Indian journal of veterinary science and animal husbandry - Volumes 15-17, 1948-1951
Year: 1948
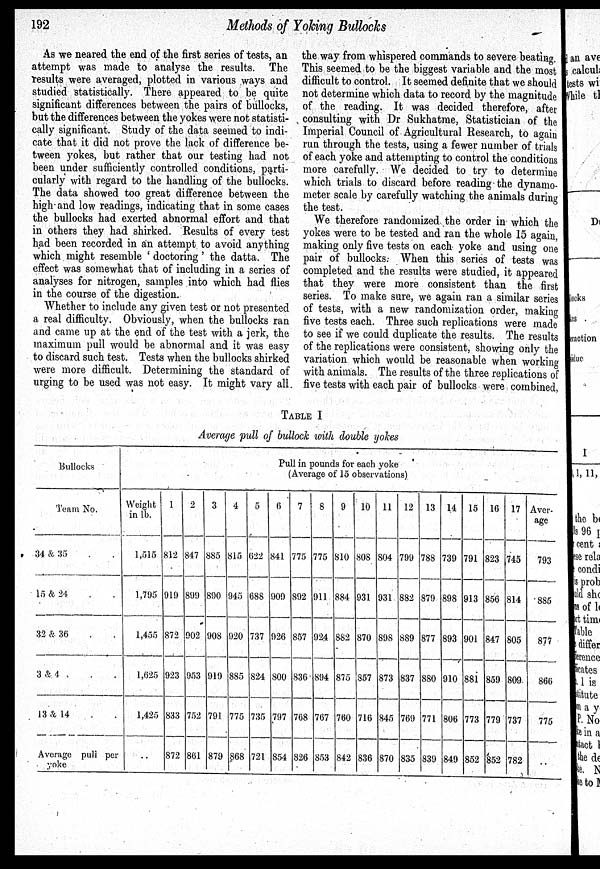
192
Methods of Yoking Bullocks
As we neared the end of the first series of tests, an
attempt was made to analyse the results. The
results were averaged, plotted in various ways and
studied statistically. There appeared to be quite
significant differences between the pairs of bullocks,
but the differences between the yokes were not statisti-
cally significant. Study of the data seemed to indi-
cate that it did not prove the lack of difference be-
tween yokes, but rather that our testing had not
been under sufficiently controlled conditions, parti-
cularly with regard to the handling of the bullocks.
The data showed too great difference between the
high and low readings, indicating that in some cases
the bullocks had exerted abnormal effort and that
in others they had shirked. Results of every test
had been recorded in an attempt to avoid anything
which might resemble 'doctoring' the datta. The
effect was somewhat that of including in a series of
analyses for nitrogen, samples into which had flies
in the course of the digestion.
Whether to include any given test or not presented
a real difficulty. Obviously, when the bullocks ran
and came up at the end of the test with a jerk, the
maximum pull would be abnormal and it was easy
to discard such test. Tests when the bullocks shirked
were more difficult. Determining the standard of
urging to be used was not easy. It might vary all
the way from whispered commands to severe beating.
This seemed to be the biggest variable and the most
difficult to control. It seemed definite that we should
not determine which data to record by the magnitude
of the reading. It was decided therefore, after
consulting with Dr Sukhatme, Statistician of the
Imperial Council of Agricultural Research, to again
run through the tests, using a fewer number of trials
of each yoke and attempting to control the conditions
more carefully. We decided to try to determine
which trials to discard before reading the dynamo-
meter scale by carefully watching the animals during
the test.
We therefore randomized the order in which the
yokes were to be tested and ran the whole 15 again,
making only five tests on each yoke and using one
pair of bullocks. When this series of tests was
completed and the results were studied, it appeared
that they were more consistent than the first
series. To make sure, we again ran a similar series
of tests, with a new randomization order, making
five tests each. Three such replications were made
to see if we could duplicate the results. The results
of the replications were consistent, showing only the
variation which would be reasonable when working
with animals. The results of the three replications of
five tests with each pair of bullocks were combined,
TABLE 1
Average pull of bullock with double yokes
Bullocks
Team No.
34 & 35 . .
15 & 24
.
.
32 & 36 . .
3 & 4 .
13 & 14
Average pull per
yoke
Pull in pounds for each yoke
(Average of 15 observations)
Weight
in lb.
1,515
1,795
1,455
1,625
1,425
..
1
812
919
872
923
833
872
2
847
899
902
953
752
861
3
885
890
908
919
791
879
4
815
945
920
885
775
868
5
622
688
737
824
735
721
6
841
909
926
800
797
854
7
775
892
857
836
768
826
8
775
911
924
894
767
853
9
810
884
882
875
760
842
10
808
931
870
857
716
836
11
804
931
898
873
845
870
12
799
882
889
837
769
835
13
788
879
877
880
771
839
14
739
898
893
910
806
849
15
791
913
901
881
773
852
16
823
856
847
859
779
852
17
745
814
805
809
737
782
Aver-
age
793
885
877
866
775
..